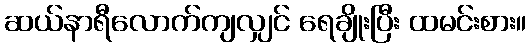
ဆယ်နာရီလောက်ကျလျှင် ရေချိုးပြီး ထမင်းစား။